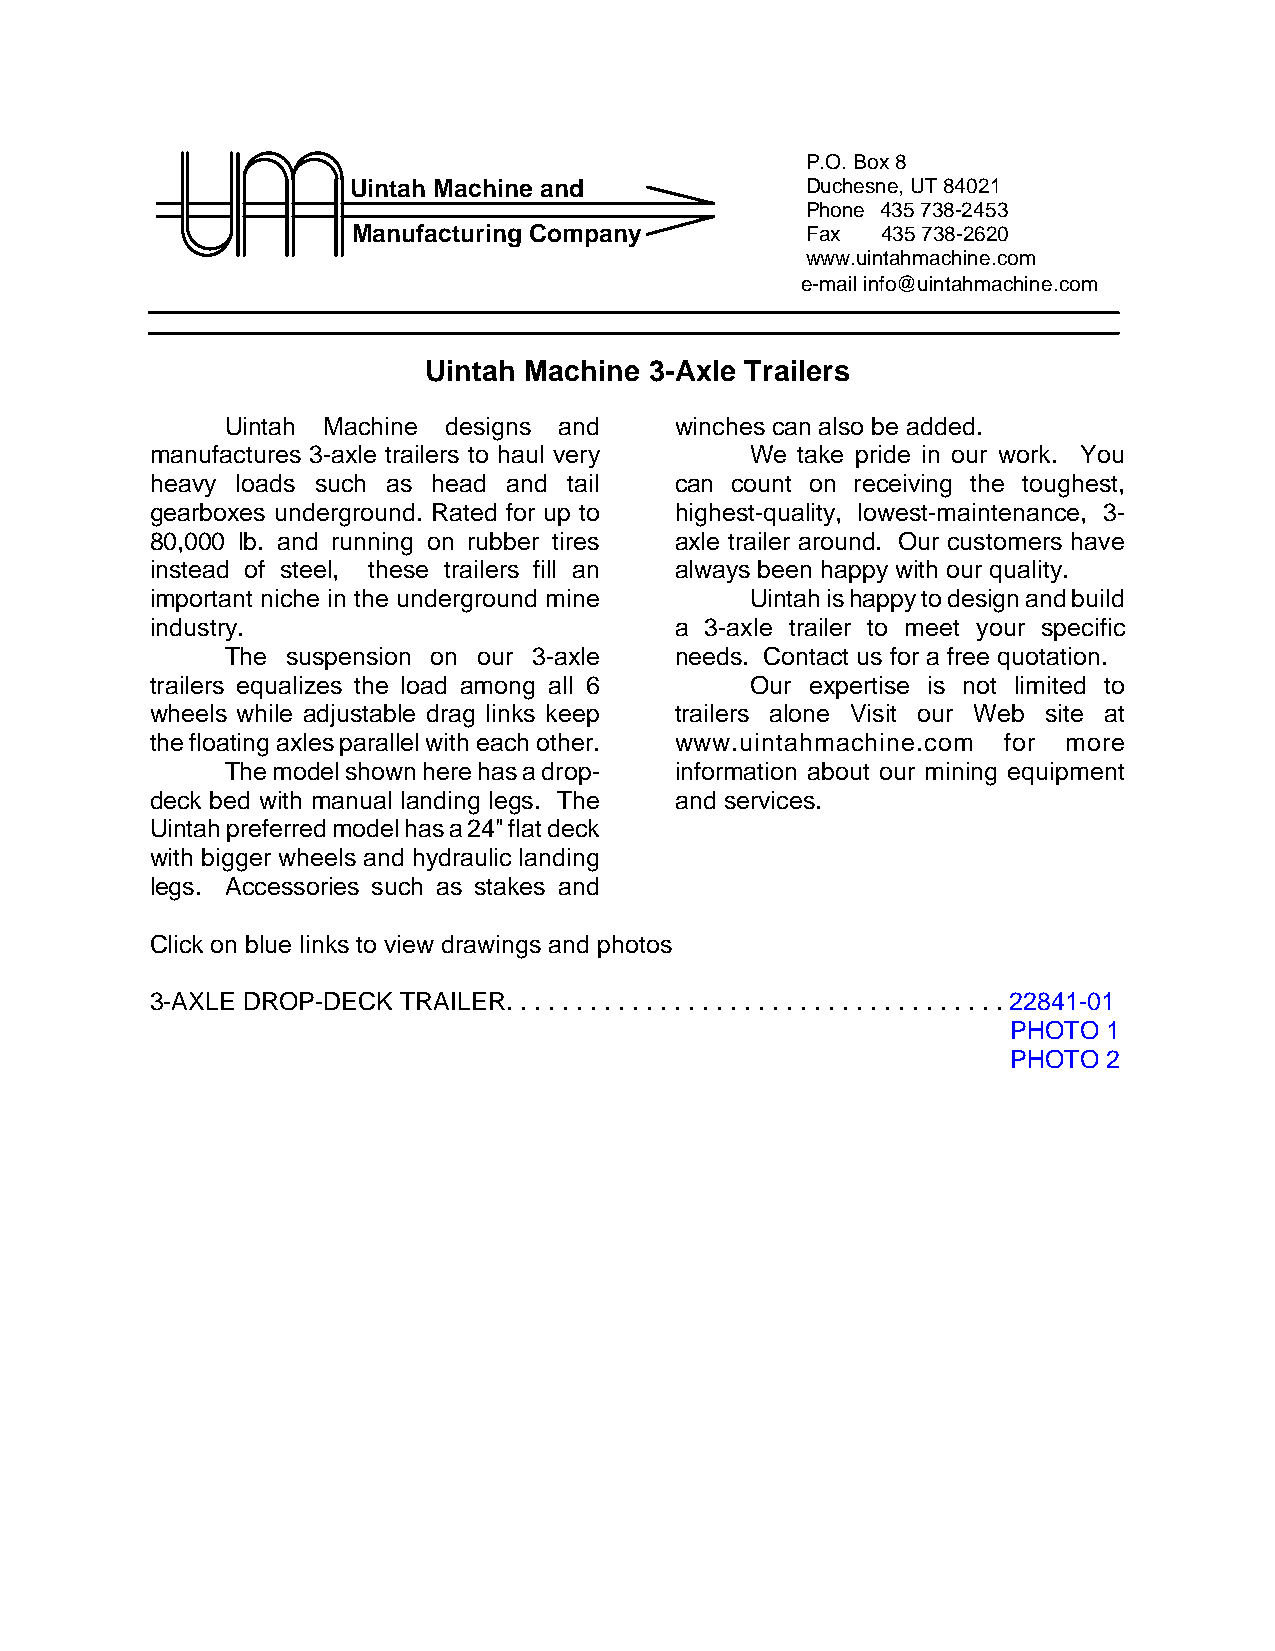
P.O. Box 8
 Uintah Machine and            Duchesne, UT 84021
 Phone 435 738-2453
 Manufacturing Company         Fax  435 738-2620
 www.uintahmachine.com
 e-mail info@uintahmachine.com
 Uintah Machine 3-Axle Trailers
 Uintah Machine designs and    winches can also be added.
 manufactures 3-axle trailers to haul very We take pride in our work. You
 heavy loads such as head and tail  can count on receiving the toughest,
 gearboxes underground. Rated for up to highest-quality, lowest-maintenance, 3-
 80,000 lb. and running on rubber tires axle trailer around. Our customers have
 instead of steel, these trailers fill an always been happy with our quality.
 important niche in the underground mine Uintah is happy to design and build
 industry.                          a 3-axle trailer to meet your specific
 The suspension on our 3-axle  needs. Contact us for a free quotation.
 trailers equalizes the load among all 6 Our expertise is not limited to
 wheels while adjustable drag links keep trailers alone Visit our Web site at
 the floating axles parallel with each other. www.uintahmachine.com for more
 The model shown here has a drop- information about our mining equipment
 deck bed with manual landing legs. The and services.
 Uintah preferred model has a 24" flat deck
 with bigger wheels and hydraulic landing
 legs. Accessories such as stakes and
 Click on blue links to view drawings and photos
 3-AXLE DROP-DECK TRAILER. . . . . . . . . . . . . . . . . . . . . . . . . . . . . . . . . . . . 22841-01
 PHOTO 1
 PHOTO 2